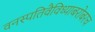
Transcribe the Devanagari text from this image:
वनस्पतिवैविध्याबरोबरच